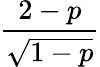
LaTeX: \frac{2-p}{\sqrt{1-p}}